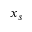
x _ { s }